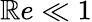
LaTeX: \mathbb{R}e\ll1